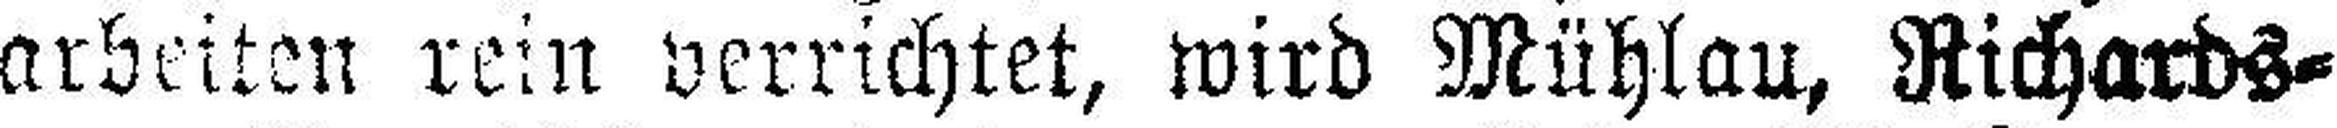
arbeiten rein verrichtet, wird Mühlau, Richards¬